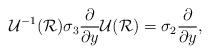
LaTeX: \begin{align*}\mathcal{U}^{-1} (\mathcal{R}) \sigma_3 \frac {\partial}{\partial y}\mathcal{U} (\mathcal{R}) = \sigma_2 \frac {\partial}{\partial y},\end{align*}